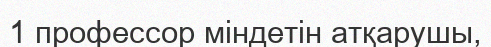
1 профессор міндетін атқарушы,